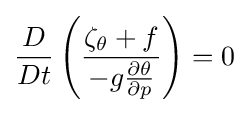
{\frac {D}{Dt}}\left({\frac {\zeta _{\theta }+f}{-g{\frac {\partial \theta }{\partial p}}}}\right)=0